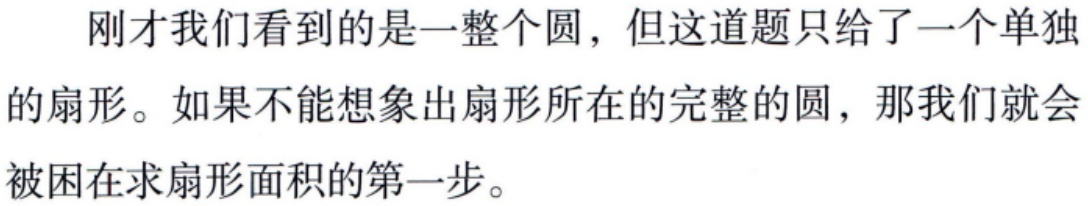
刚才我们看到的是一整个圆，但这道题只给了一个单独的扇形。如果不能想象出扇形所在的完整的圆，那我们就会被困在求扇形面积的第一步。